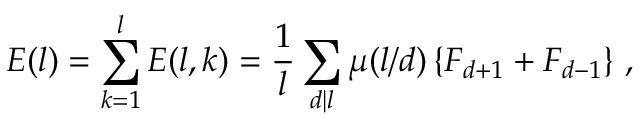
E ( l ) = \sum _ { k = 1 } ^ { l } E ( l , k ) = \frac { 1 } { l } \sum _ { d | l } \mu ( l / d ) \left\{ F _ { d + 1 } + F _ { d - 1 } \right\} \, ,